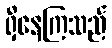
ရှိနေကြသည်